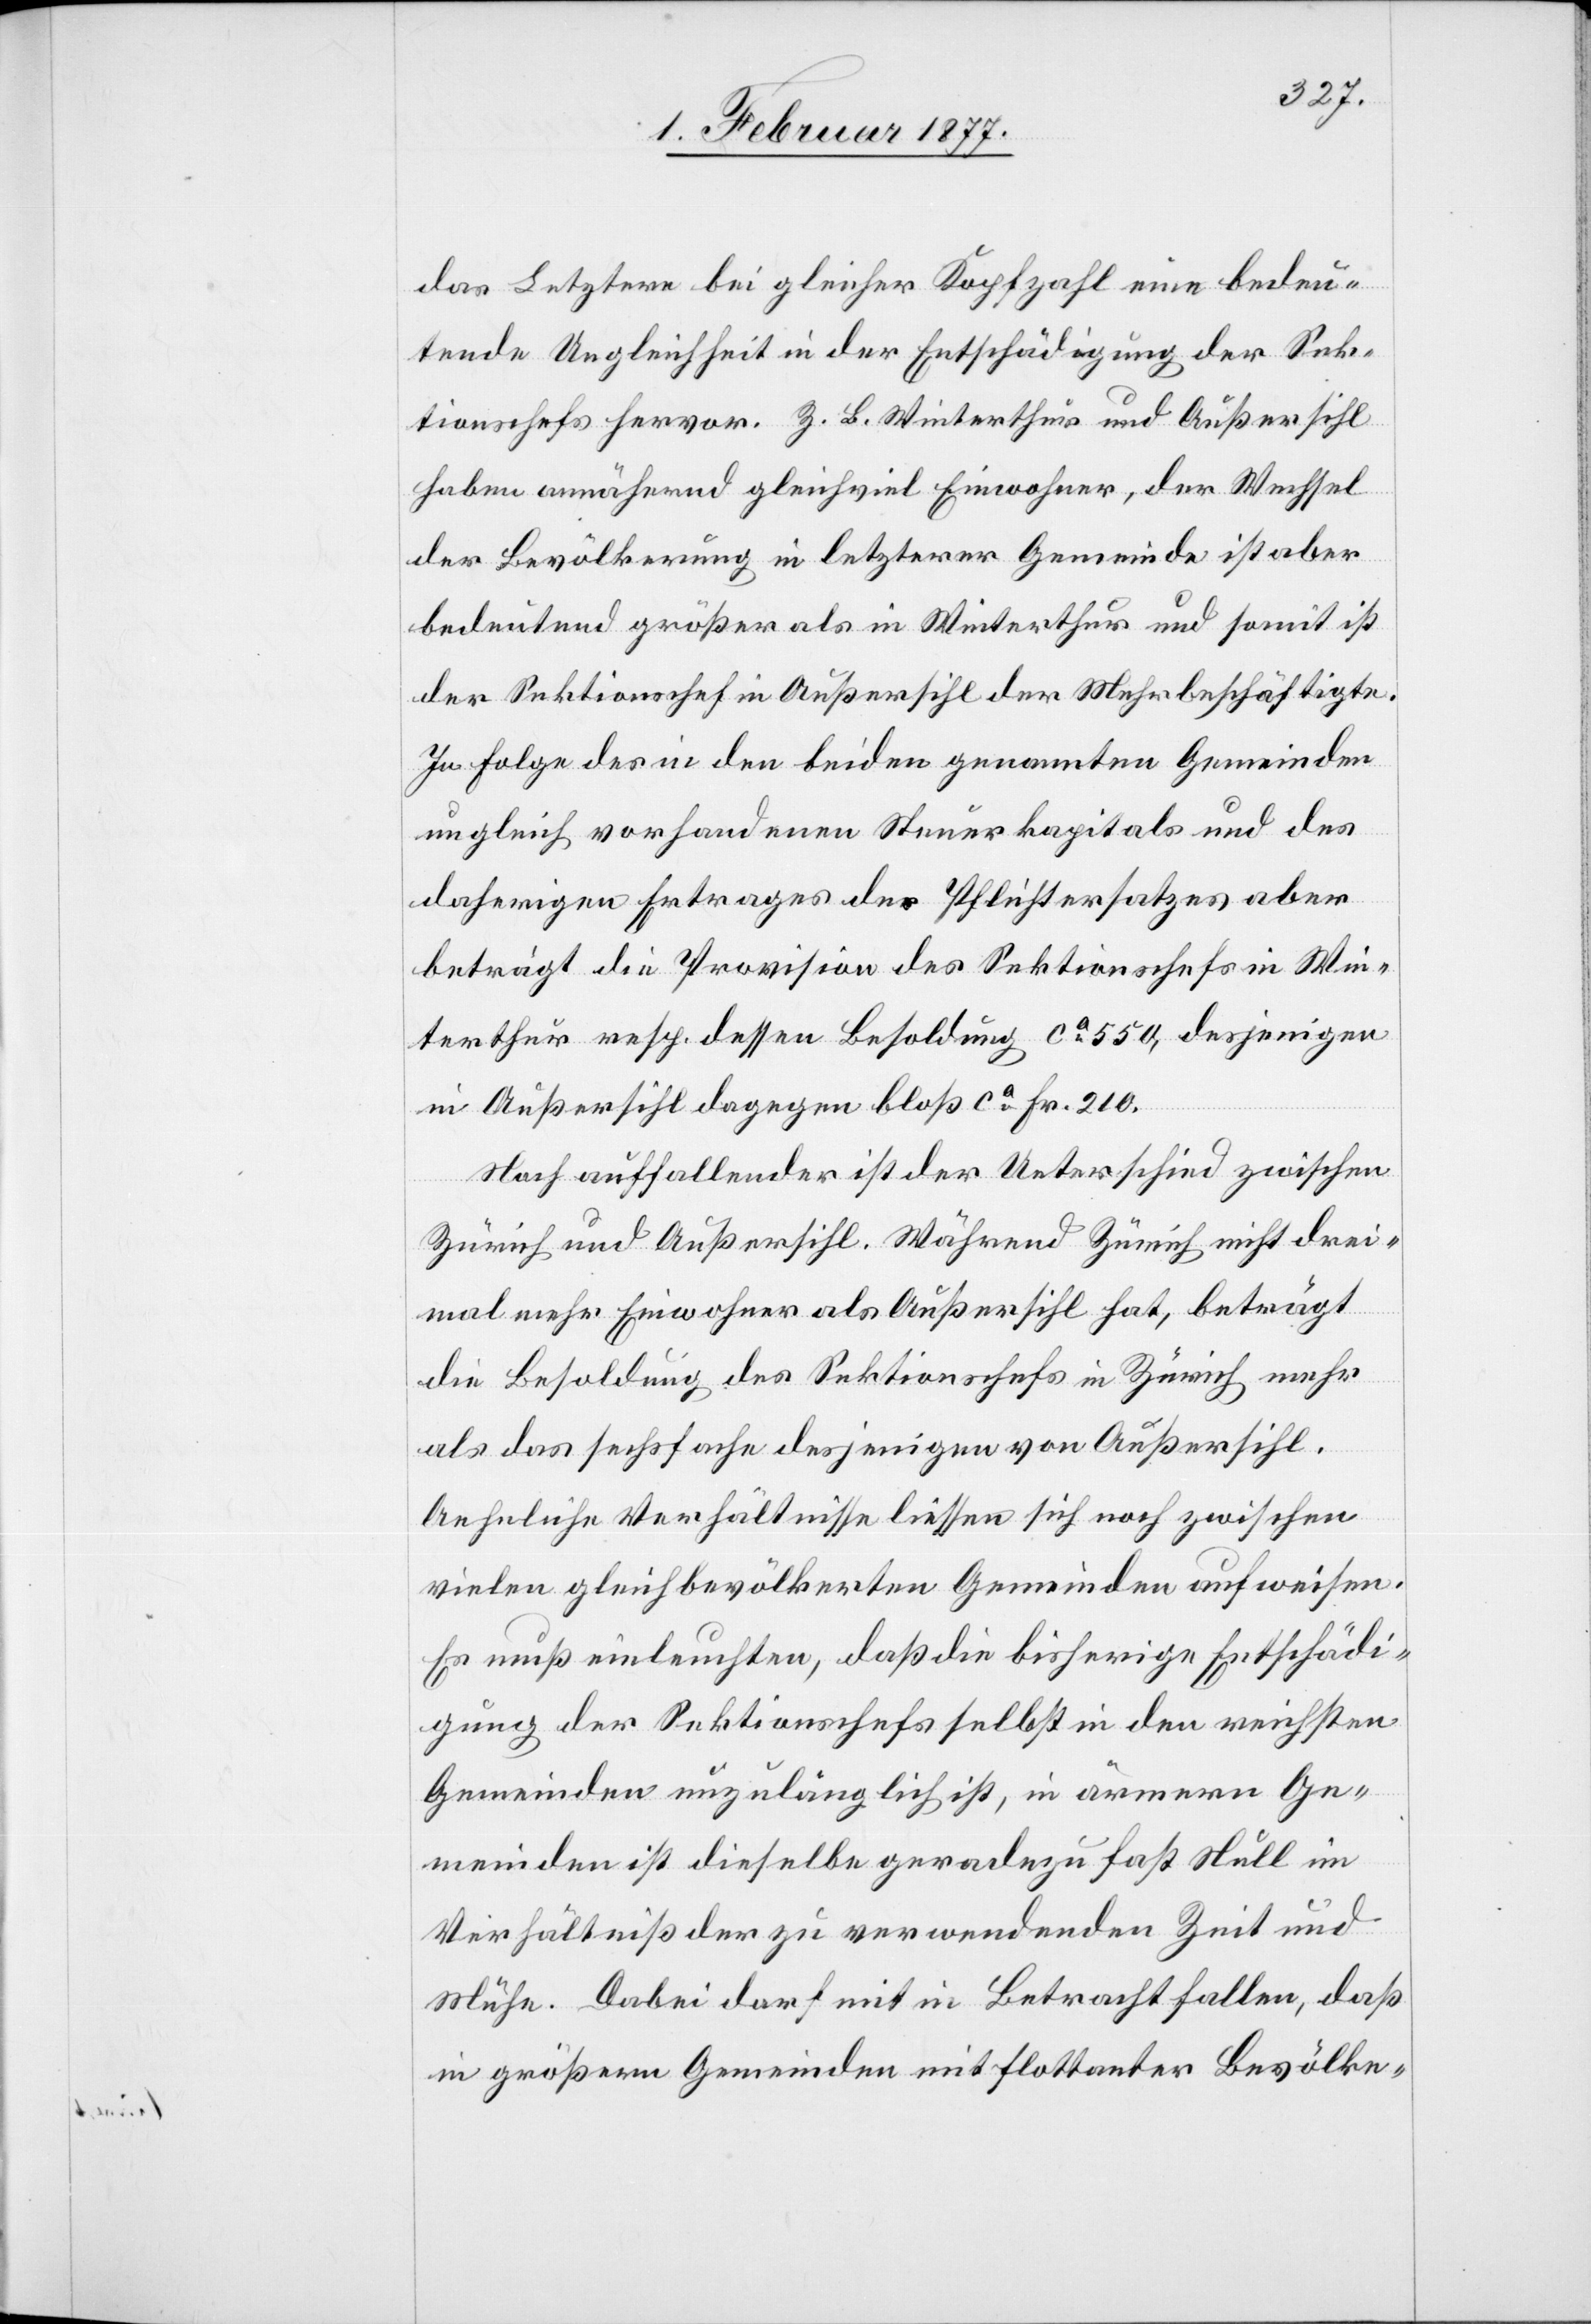
das Letztere bei gleicher Kopfzahl eine bedeu¬
tende Ungleichheit in der Entschädigung der Sek¬
tionschefs hervor. Z. B. Winterthur und Außersihl
haben annähernd gleichviel Einwohner, der Wechsel
der Bevölkerung in letzterer Gemeinde ist aber
bedeutend größer als in Winterthur und somit ist
der Sektionschef in Außersihl der Mehrbeschäftigte.
In Folge des in den beiden genannten Gemeinden
ungleich vorhandenen Steuerkapitals und des
daherigen Ertrages des Pflichtersatzes aber
beträgt die Provision des Sektionschefs in Win¬
terthur resp. dessen Besoldung ca 550, dasjenige
in Außersihl dagegen bloß ca Fr. 210.
Noch auffallender ist der Unterschied zwischen
Zürich und Außersihl. Während Zürich nicht drei¬
mal mehr Einwohner als Außersihl hat, beträgt
die Besoldung des Sektionschefs in Zürich mehr
als das sechsfache desjenigen von Außersihl.
Aehnliche Verhältnisse liessen sich noch zwischen
vielen gleichbevölkerten Gemeinden aufweisen.
Es muß einleuchten, daß die bisherige Entschädi¬
gung der Sektionschefs selbst in den reichsten
Gemeinden unzulänglich ist, in ärmern Ge¬
meinden ist dieselbe geradezu fast Null im
Verhältniß der zu verwendenden Zeit und
Mühe. Dabei darf mit in Betracht fallen, daß
in größern Gemeinden mit flottanter Bevölke-